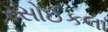
રસોઈકલા